Report on vaccination in Madras 1895-1903 - 1895-1903
Year: 1895
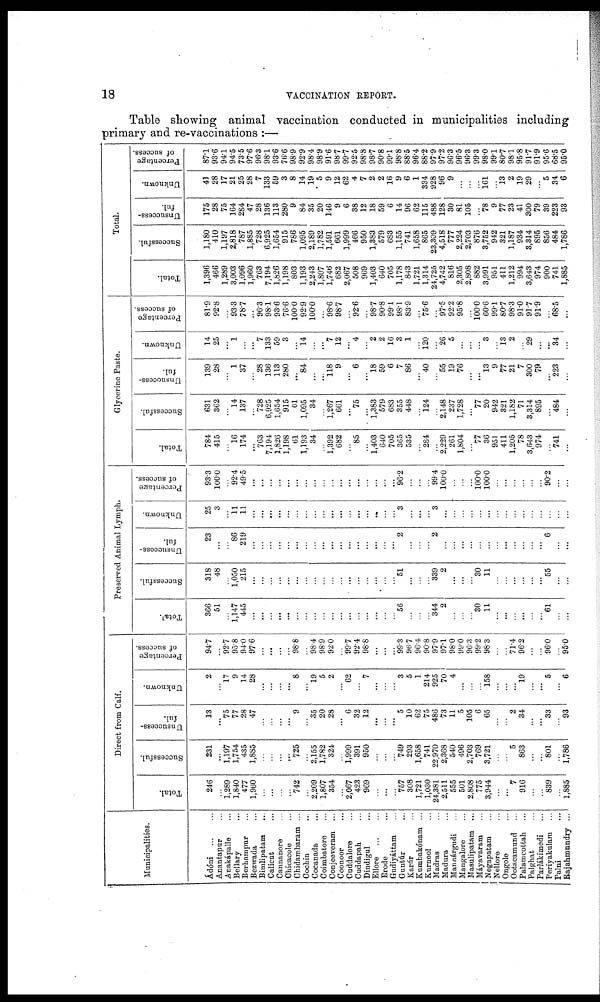
18
VACCINATION REPORT.
Table showing animal vaccination conducted in municipalities including
primary and re-vaccinations :—
Municipalities.
Ádóni ... ...
Anantapur ...
Anakápalle ...
Bellary ...
Berhampur ...
Bezwada ...
Bimlipatam
...
Calicut ...
Cannanore ...
Chicacole ...
Chidambaram ...
Cochin ...
Cocanada ...
Coimbatore ...
Conjeeveram ...
Coonoor ...
Cuddalore ...
Cuddapah ...
Dindigul ...
Ellore
...
...
Erode ...
Gudiyáttam ...
Guntúr ...
Karúr ...
Kumbakónam ...
Kurnool ...
Madras ...
Madura ...
Mannárgudi ...
Mangalore ...
Masulipatam ...
Máyavaram ...
Negapatam ...
Nellore ...
Ongole ...
Ootacamund ...
Palamcottah ...
Palghat ...
Parlákimedi ...
Periyakulam ...
Palni ...
Rajahmundry ...
Direct from Calf.
Total.
246
...
1,289
1,840
477
1,960
...
...
...
...
742
...
2,209
1,807
354
...
2,067
423
969
...
...
...
757
308
1,721
1,030
24,381
2,511
555
501
2,808
775
3,944
...
...
7
916
...
...
839
...
1,885
Successful.
231
...
1,197
1,754
435
1,885
...
...
...
...
725
...
2,155
1,782
324
...
1,999
391
950
...
...
...
749
293
1,658
741
22,970
2,368
540
496
2,703
769
3,721
...
...
5
863
...
...
801
...
1,786
Unsuccess-
ful.
13
...
75
77
28
47
...
...
...
...
9
...
35
20
28
...
6
32
12
...
...
...
5
10
62
75
486
73
11
5
105
6
65
...
...
2
34
...
...
33
...
93
Unknown.
2
...
17
9
14
28
...
...
...
...
8
...
19
5
2
...
62
...
7
...
...
...
3
5
1
214
925
70
4
...
...
...
158
...
...
...
19
...
...
5
...
6
Percentage
of success.
94.7
...
92.7
95.8
94.0
97.6
...
...
...
...
98.8
...
98.4
98.9
92.0
...
99.7
92.4
98.8
...
...
...
99.3
96.7
96.4
90.8
97.9
97.1
98.0
99.0
96.3
99.2
98.3
...
...
71.4
96.2
...
...
96.0
...
95.0
Preserved Animal Lymph.
Total.
366
51
...
1,147
445
...
...
...
...
...
...
...
...
...
...
...
...
...
...
...
...
...
56
...
...
...
344
2
...
...
...
30
11
...
...
...
...
...
...
61
...
...
Successful.
318
48
...
1,050
215
...
...
...
...
...
...
...
...
...
...
...
...
...
...
...
...
...
51
...
...
...
339
2
...
...
...
30 11
...
...
...
...
...
...
55
...
...
Unsuccess-
ful.
23
...
...
86
219
...
...
...
...
...
...
...
...
...
...
...
...
...
...
...
...
...
2
...
...
...
2
...
...
...
...
...
...
...
...
...
...
...
...
6
...
...
Unknown.
25
3
...
11
11
...
...
...
...
...
...
...
...
...
...
...
...
...
...
...
...
...
3
...
...
...
3
...
...
...
...
...
...
...
...
...
...
...
...
...
...
...
Percentage
of success.
93.3
100.0
...
92.4
49.5
...
...
...
...
...
...
...
...
...
...
...
...
...
...
...
...
...
96.2
...
...
...
99.4
100.0
...
...
...
100.0
100.0
...
...
...
...
...
...
90.2
...
...
Glycerine Paste.
Total.
784
415
...
16
174
...
763
7,194
1,826
1,198
61
1,193
34
...
1,392
682
...
85
...
1,403
640
705
365
535
...
284
...
2,229
261
1,804
...
77
36
951
411
1,205
78
3,643
974
...
741
...
Successful.
631
362
...
14
137
...
728
6,925
1,654
915
61
1,095
34
...
1,267
661
...
75
...
1,383
579
683
355
448
...
124
...
2,148
237
1,728
...
77
20
942
321
1,182
71
3,314
895
...
484
...
Unsuccess-
ful.
139
28
...
1
37
...
28
136
113
280
...
84
...
...
118
9
...
6
...
18
59
6
7
86
...
40
...
55
19
76
...
...
13
9
77
21
7
300
79
...
223
...
Unknown.
14
25
...
1
...
...
7
133
59
3
...
14
...
...
7
12
...
4
...
2
2
16
3
1
...
120
...
26
5
...
...
...
3
...
13
2
...
29
...
...
34
...
Percentage
of success.
81.9
92.8
...
93.3
78.7
...
96.3
98.1
93.6
76.6
100.0
92.9
100.0
...
98.6
98.7
...
92.6
...
98.7
90.8
99.1
98.1
83.9
...
75.6
...
97.5
92.2
95.8
...
100.0
60.6
99.1
80.7
98.3
91.0
91.7
91.9
...
68.5
...
Total.
Total.
1,396
466
1,289
3,003
1,096
1,960
763
7,194
1,826
1,198
803
1,193
2,243
1,807
1,746
682
2,067
508
969
1,403
640
705
1,178
843
1,721
1,314
24,725
4,742
816
2,305
2,808
882
3,991
951
411
1,212
994
3,643
974
900
741
1,885
Successful.
1,180
410
1,197
2,818
787
1,885
728
6,925
1,654
915
786
1,095
2,189
1,782
1,591
661
1,999
466
950
1,383
579
683
1,155
741
1,658
865
23,309
4,518
777
2,224
2,703
876
3,752
942
321
1,187
934
3,314
895
856
484
1,786
Unsuccess-
ful.
175
28
75
164
284
47
28
136
113
280
9
84
35
20
146
9
6
38
12
18
59
6
14
96
62
115
488
128
30
81
105
...
78
9
77
23
41
300
79
39
223
93
Unknown.
41
28
17
21
25
28
7
133
59
3
8
14
19
5
9
12
62
4
7
2
2
16
9
6
1
334
928
96
9
...
...
...
161
...
13
2
19
29
...
5
34
6
Percentage
of success.
87.1
93.6
94.1
94.5
73.5
97.6
96.3
98.1
93.6
76.6
98.9
92.9
98.4
98.9
91.6
98.7
99.7
92.5
98.8
98.7
90.8
99.1
98.8
88.5
96.4
88.2
97.9
97.2
96.3
96.5
96.3
99.3
98.0
99.1
80.7
98.1
95.8
91.7
91.9
95.6
68.5
95.0